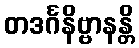
တဒင်္ဂနိဗ္ဗာနန္တိ